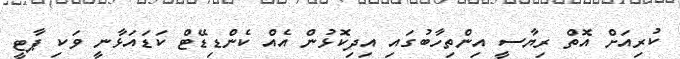
ކުރިއަށް އޮތް ރިޔާސީ އިންތިހާބުގައި އިދިކޮޅުން އެއް ކެންޑިޑޭޓް ކަޑައަޅާނީ ވަކި ޕާޓީ